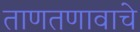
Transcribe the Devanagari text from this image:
ताणतणावाचे